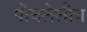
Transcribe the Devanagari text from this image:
पोचलेलीच